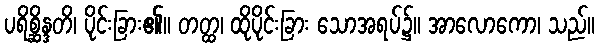
ပရိစ္ဆိန္ဒတိ၊ ပိုင်းခြား၏။ တတ္ထ၊ ထိုပိုင်းခြား သောအရပ်၌။ အာလောကော၊ သည်။